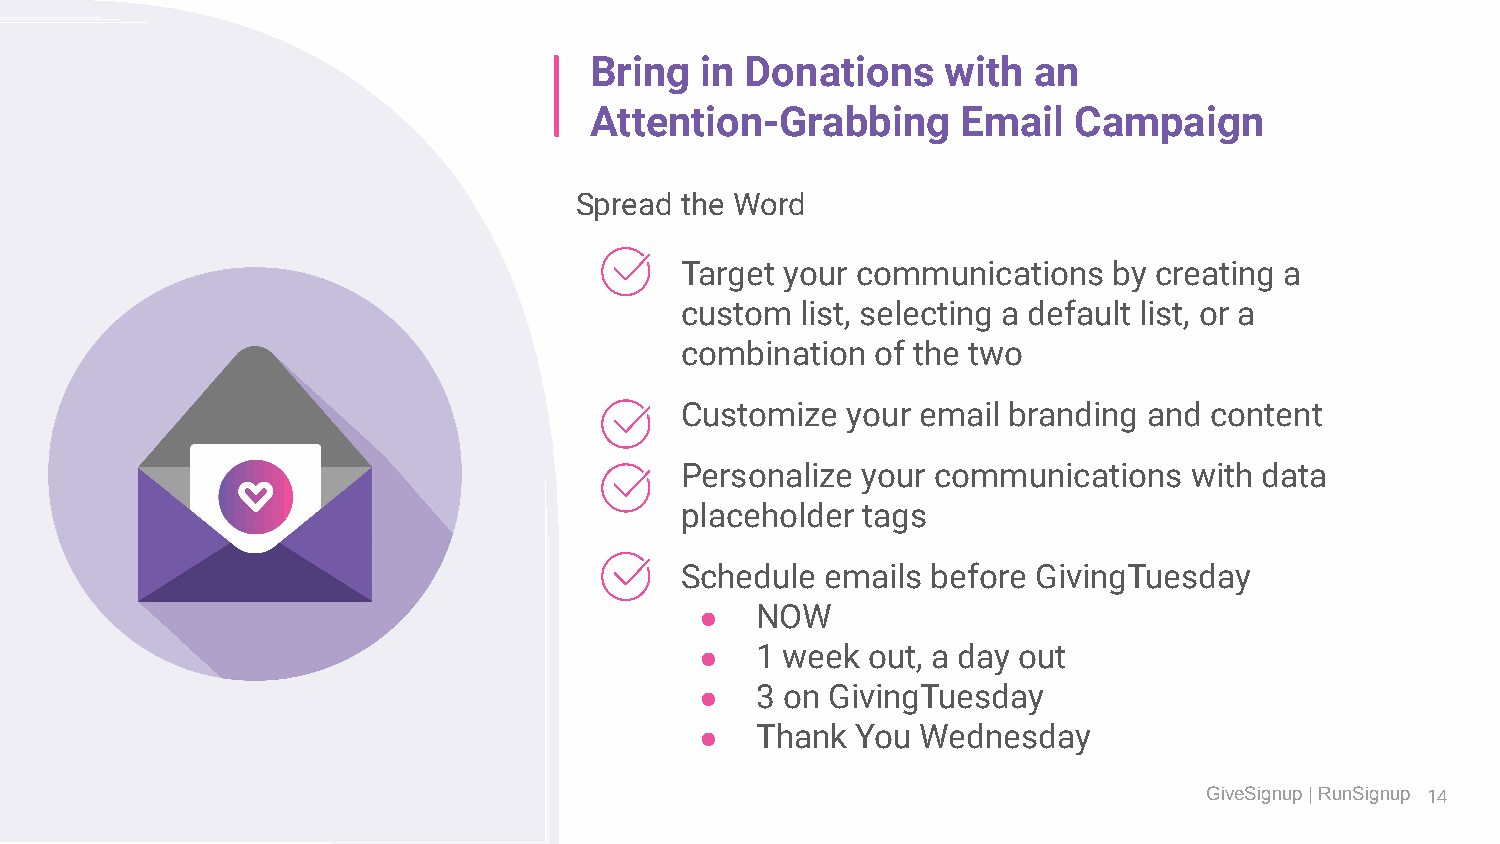
Bring  in Donations     with an
 Attention-Grabbing       Email  Campaign
 Spread the Word
 Target your communications   by creating a
 custom  list, selecting a default list, or a
 combination  of the two
 Customize  your email branding and content
 Personalize your communications   with data
 placeholder tags
 Schedule  emails before GivingTuesday
 ●   NOW
 ●   1 week out, a day out
 ●   3 on GivingTuesday
 ●   Thank  You Wednesday
 GiveSignup | RunSignup 14